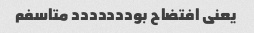
یعنی افتضاح بوددددددد متاسفم